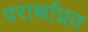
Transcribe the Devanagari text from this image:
परार्थाप्रत